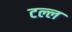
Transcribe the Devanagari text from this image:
टल्ल